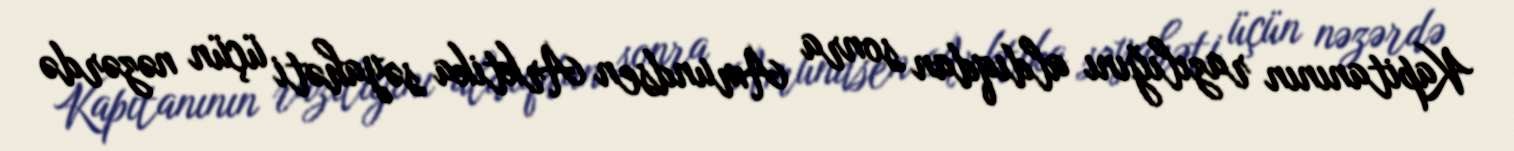
Kapitanının razılığını aldıqdan sonra Amundsen Arktika səyahəti üçün nəzərdə